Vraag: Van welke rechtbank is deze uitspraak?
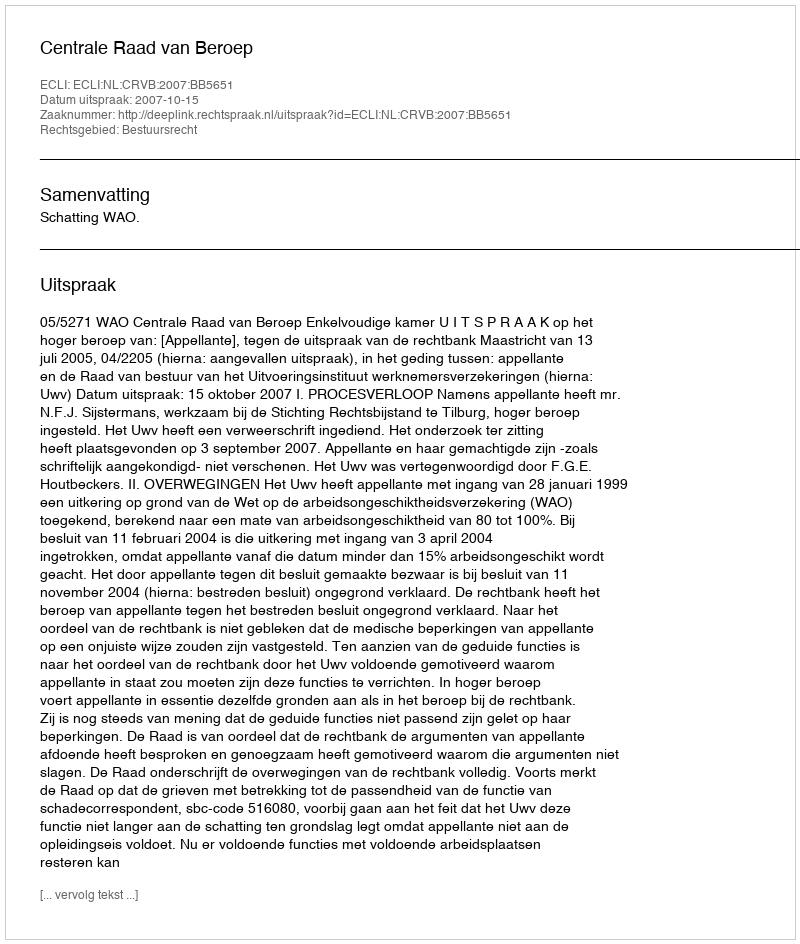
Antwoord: Centrale Raad van Beroep